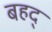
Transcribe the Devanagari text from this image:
बहद्